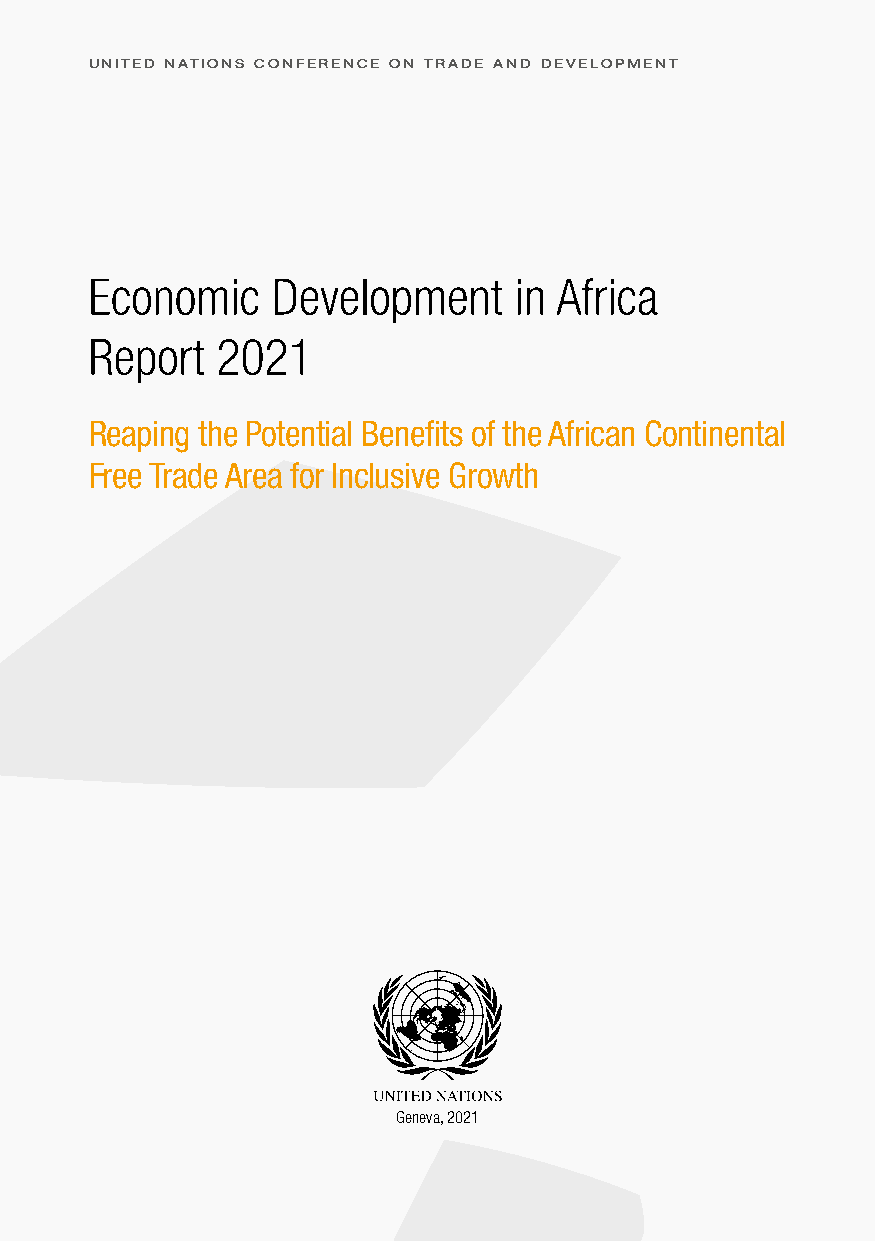
UNITED NATIONS CONFERENCE ON TRADE AND DEVELOPMENT
 Economic    Development     in Africa
 Report  2021
 Reaping the Potential Benefits of the African Continental
 Free Trade Area for Inclusive Growth
 Geneva, 2021